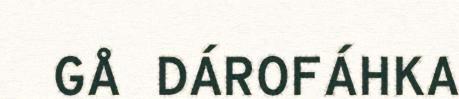
GÅ DÁROFÁHKA